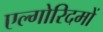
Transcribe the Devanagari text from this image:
एल्गोरिदमों